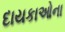
દાયકાઓના